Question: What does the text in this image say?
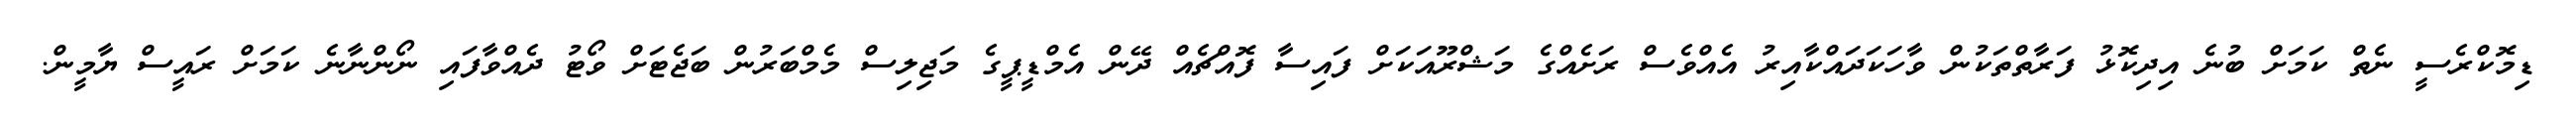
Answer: ޑިމޮކްރެސީ ނެތް ކަމަށް ބުނެ އިދިކޮޅު ފަރާތްތަކުން ވާހަކަދައްކާއިރު އެއްވެސް ރަށެއްގެ މަޝްރޫއަކަށް ފައިސާ ފޮއްޗެއް ދޭން އެމްޑީޕީގެ މަޖިލިސް މެމްބަރުން ބަޖެޓަށް ވޯޓު ދެއްވާފައި ނޯންނާނެ ކަމަށް ރައީސް ޔާމީން.